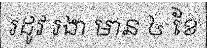
រដូវ រងា មាន ៤ ខែ